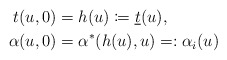
\begin{align*} t(u,0)&=h(u)\coloneqq \underline{t}(u),\\ \alpha(u,0)&=\alpha^\ast(h(u),u)=:\alpha_i(u)\end{align*}